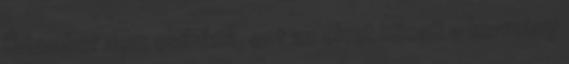
Úriember nem csibész, ezt az elvet követi a kormány